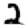
Digit: 2